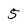
Character: 5